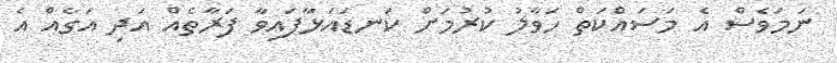
ނަމަވެސް އެ މަސައްކަތް ހަވާލު ކުރުމަށް ކަނޑައަޅާފައިވާ ފަރާތެއް އަދި އަގެއް އެ